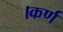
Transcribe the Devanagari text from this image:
।कर्ण